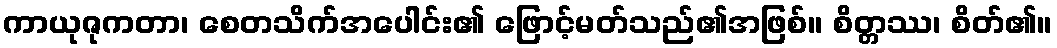
ကာယုဇုကတာ၊ စေတသိက်အပေါင်း၏ ဖြောင့်မတ်သည်၏အဖြစ်။ စိတ္တဿ၊ စိတ်၏။